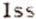
ISS